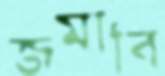
জমাবি